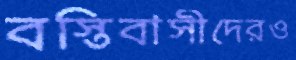
বস্তিবাসীদেরও